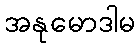
အနုမောဒါမ